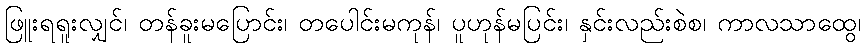
ဖြူးရရူးလျှင်၊ တန်ခူးမပြောင်း၊ တပေါင်းမကုန်၊ ပူဟုန်မပြင်း၊ နှင်းလည်းစဲစ၊ ကာလသာထွေ၊